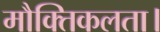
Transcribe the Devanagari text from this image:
मौक्तिकलता।